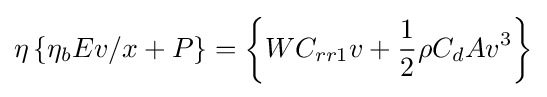
\eta \left\{\eta _{b}Ev/x+P\right\}=\left\{WC_{rr1}v+{\frac {1}{2}}\rho C_{d}Av^{3}\right\}